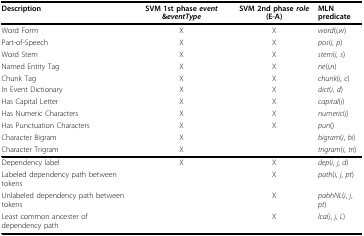
| Description | SVM 1st phase event &eventType | SVM 2nd phase role (E-A) | MLN predicate |
 | --- | --- | --- | --- |
 | Word Form | X | X | word(i,w) |
 | Part-of-Speech | X | X | pos(i, p) |
 | Word Stem | X | X | stem(i, s) |
 | Named Entity Tag | X | X | ne(i,n) |
 | Chunk Tag | X | X | chunk(i, c) |
 | In Event Dictionary | X | X | dict(i, d) |
 | Has Capital Letter | X | X | capital(i) |
 | Has Numeric Characters | X | X | numeric(i) |
 | Has Punctuation Characters | X | X | pun() |
 | Character Bigram | X |  | bigram(i, bi) |
 | Character Trigram | X |  | trigram(i, tri) |
 | Dependency label | X | X | dep(i, j, d) |
 | Labeled dependency path between tokens |  | X | path(i, j, pt) |
 | Unlabeled dependency path between tokens |  | X | pabhNL(i, j, pt) |
 | Least common ancester of dependency path |  | X | lca(i, j, L) |